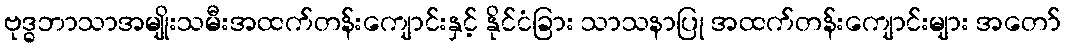
ဗုဒ္ဓဘာသာအမျိုးသမီးအထက်တန်းကျောင်းနှင့် နိုင်ငံခြား သာသနာပြု အထက်တန်းကျောင်းများ အတော်